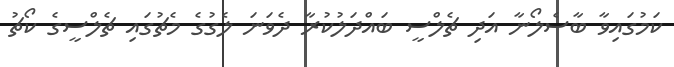
ކަމުގައިވާ ބާސެލޯނާ އަދި ޗެލްސީ ބައްދަލުކުރާ ދެވަނަ ލެގުގެ މެޗުގައި ޗެލްސީގެ ކޯޗު